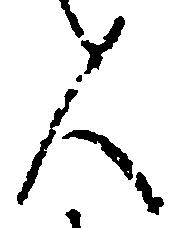
人